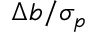
\Delta b / \sigma _ { p }